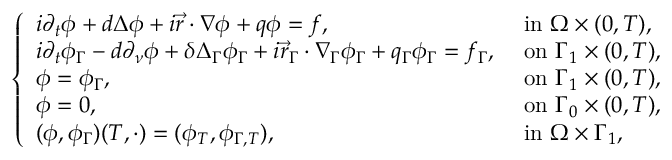
\begin{array} { r } { \left\{ \begin{array} { l l } { i \partial _ { t } \phi + d \Delta \phi + i \vec { r } \cdot \nabla \phi + q \phi = f , } & { \mathrm { ~ i n ~ } \Omega \times ( 0 , T ) , } \\ { i \partial _ { t } \phi _ { \Gamma } - d \partial _ { \nu } \phi + \delta \Delta _ { \Gamma } \phi _ { \Gamma } + i \vec { r } _ { \Gamma } \cdot \nabla _ { \Gamma } \phi _ { \Gamma } + q _ { \Gamma } \phi _ { \Gamma } = f _ { \Gamma } , } & { \mathrm { ~ o n ~ } \Gamma _ { 1 } \times ( 0 , T ) , } \\ { \phi = \phi _ { \Gamma } , } & { \mathrm { ~ o n ~ } \Gamma _ { 1 } \times ( 0 , T ) , } \\ { \phi = 0 , } & { \mathrm { ~ o n ~ } \Gamma _ { 0 } \times ( 0 , T ) , } \\ { ( \phi , \phi _ { \Gamma } ) ( T , \cdot ) = ( \phi _ { T } , \phi _ { \Gamma , T } ) , } & { \mathrm { ~ i n ~ } \Omega \times \Gamma _ { 1 } , } \end{array} \right. } \end{array}